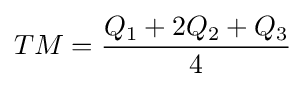
TM={\frac {Q_{1}+2Q_{2}+Q_{3}}{4}}